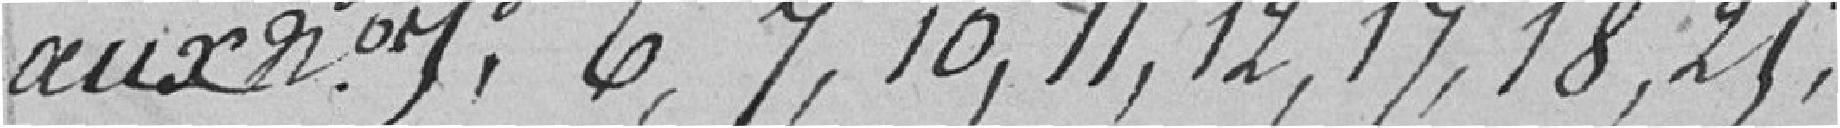
aux numéros, 6,7, 10,11,12,17,18,25.